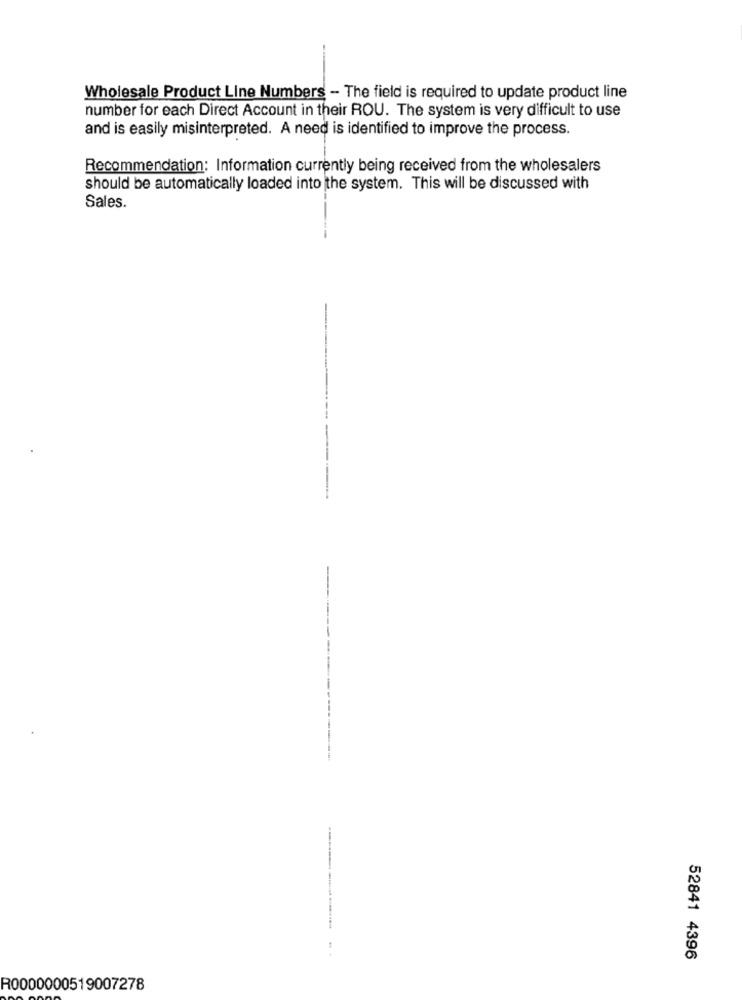
Wholesale Product Line Numbers - The field is required to update product line
number for each Direct Account in their ROU. The system is very difficult to use
and is easily misinterpreted. A need is identified to improve the process.
Recommendation: Information currently being received from the wholesalers
should be automatically loaded into the system. This will be discussed with
Sales.
----.
---
52841 4396
R0000000519007278